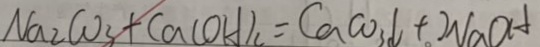
N a _ { 2 } C O _ { 3 } + C a ( O H ) _ { 2 } = C a C O _ { 3 } \downarrow + 2 N a O H